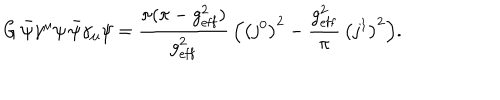
G \, \bar { \psi } \gamma ^ { \mu } \psi \, \bar { \psi } \gamma _ { \mu } \psi = { \frac { \pi ( \pi - g _ { \mathrm { e f f } } ^ { 2 } ) } { g _ { \mathrm { e f f } } ^ { 2 } } } \, \Bigl ( \bigl ( j ^ { 0 } \bigr ) ^ { 2 } - { \frac { g _ { \mathrm { e f f } } ^ { 2 } } { \pi } } \, \bigl ( j ^ { 1 } \bigr ) ^ { 2 } \Bigr ) .